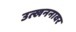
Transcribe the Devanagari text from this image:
उत्खननावर